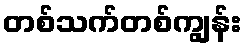
တစ်သက်တစ်ကျွန်း